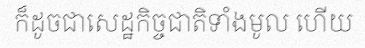
ក៏ដូចជាសេដ្ឋកិច្ចជាតិទាំងមូល ហើយ